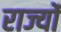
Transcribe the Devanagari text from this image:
राज्योंं